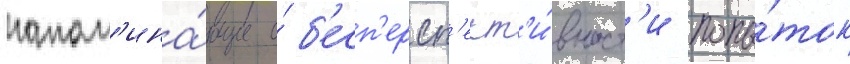
напом'ина́ющие о́ б'есп'ерсп'ект'и́вност'и попы́ток